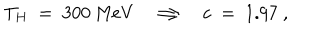
T _ { H } ~ = ~ 3 0 0 ~ \mathrm { M e V } \Longrightarrow c ~ = ~ 1 . 9 7 ~ ,